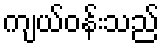
ကျယ်ဝန်းသည်